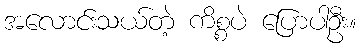
အလောင်းသယ်တဲ့ ကိစ္စပဲ ပြောပါဦး။